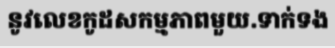
នូវលេខកូដសកម្មភាពមួយ.ទាក់ទង